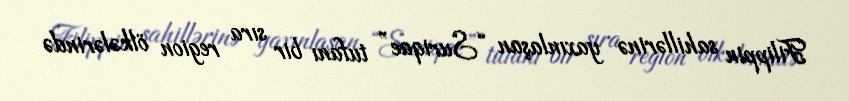
Filippin sahillərinə yaxınlaşan “Suriqae” tufanı bir sıra region ölkələrində